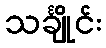
သင်္ချိုင်း